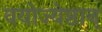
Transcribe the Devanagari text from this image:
वयोज्येष्ठान्‌